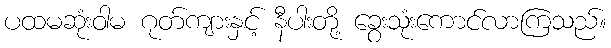
ပထမဆုံးဝါမ ဂုတ်ကျားနှင့် နီပါးတို့ ခွေးသုံးကောင်လာကြသည်။